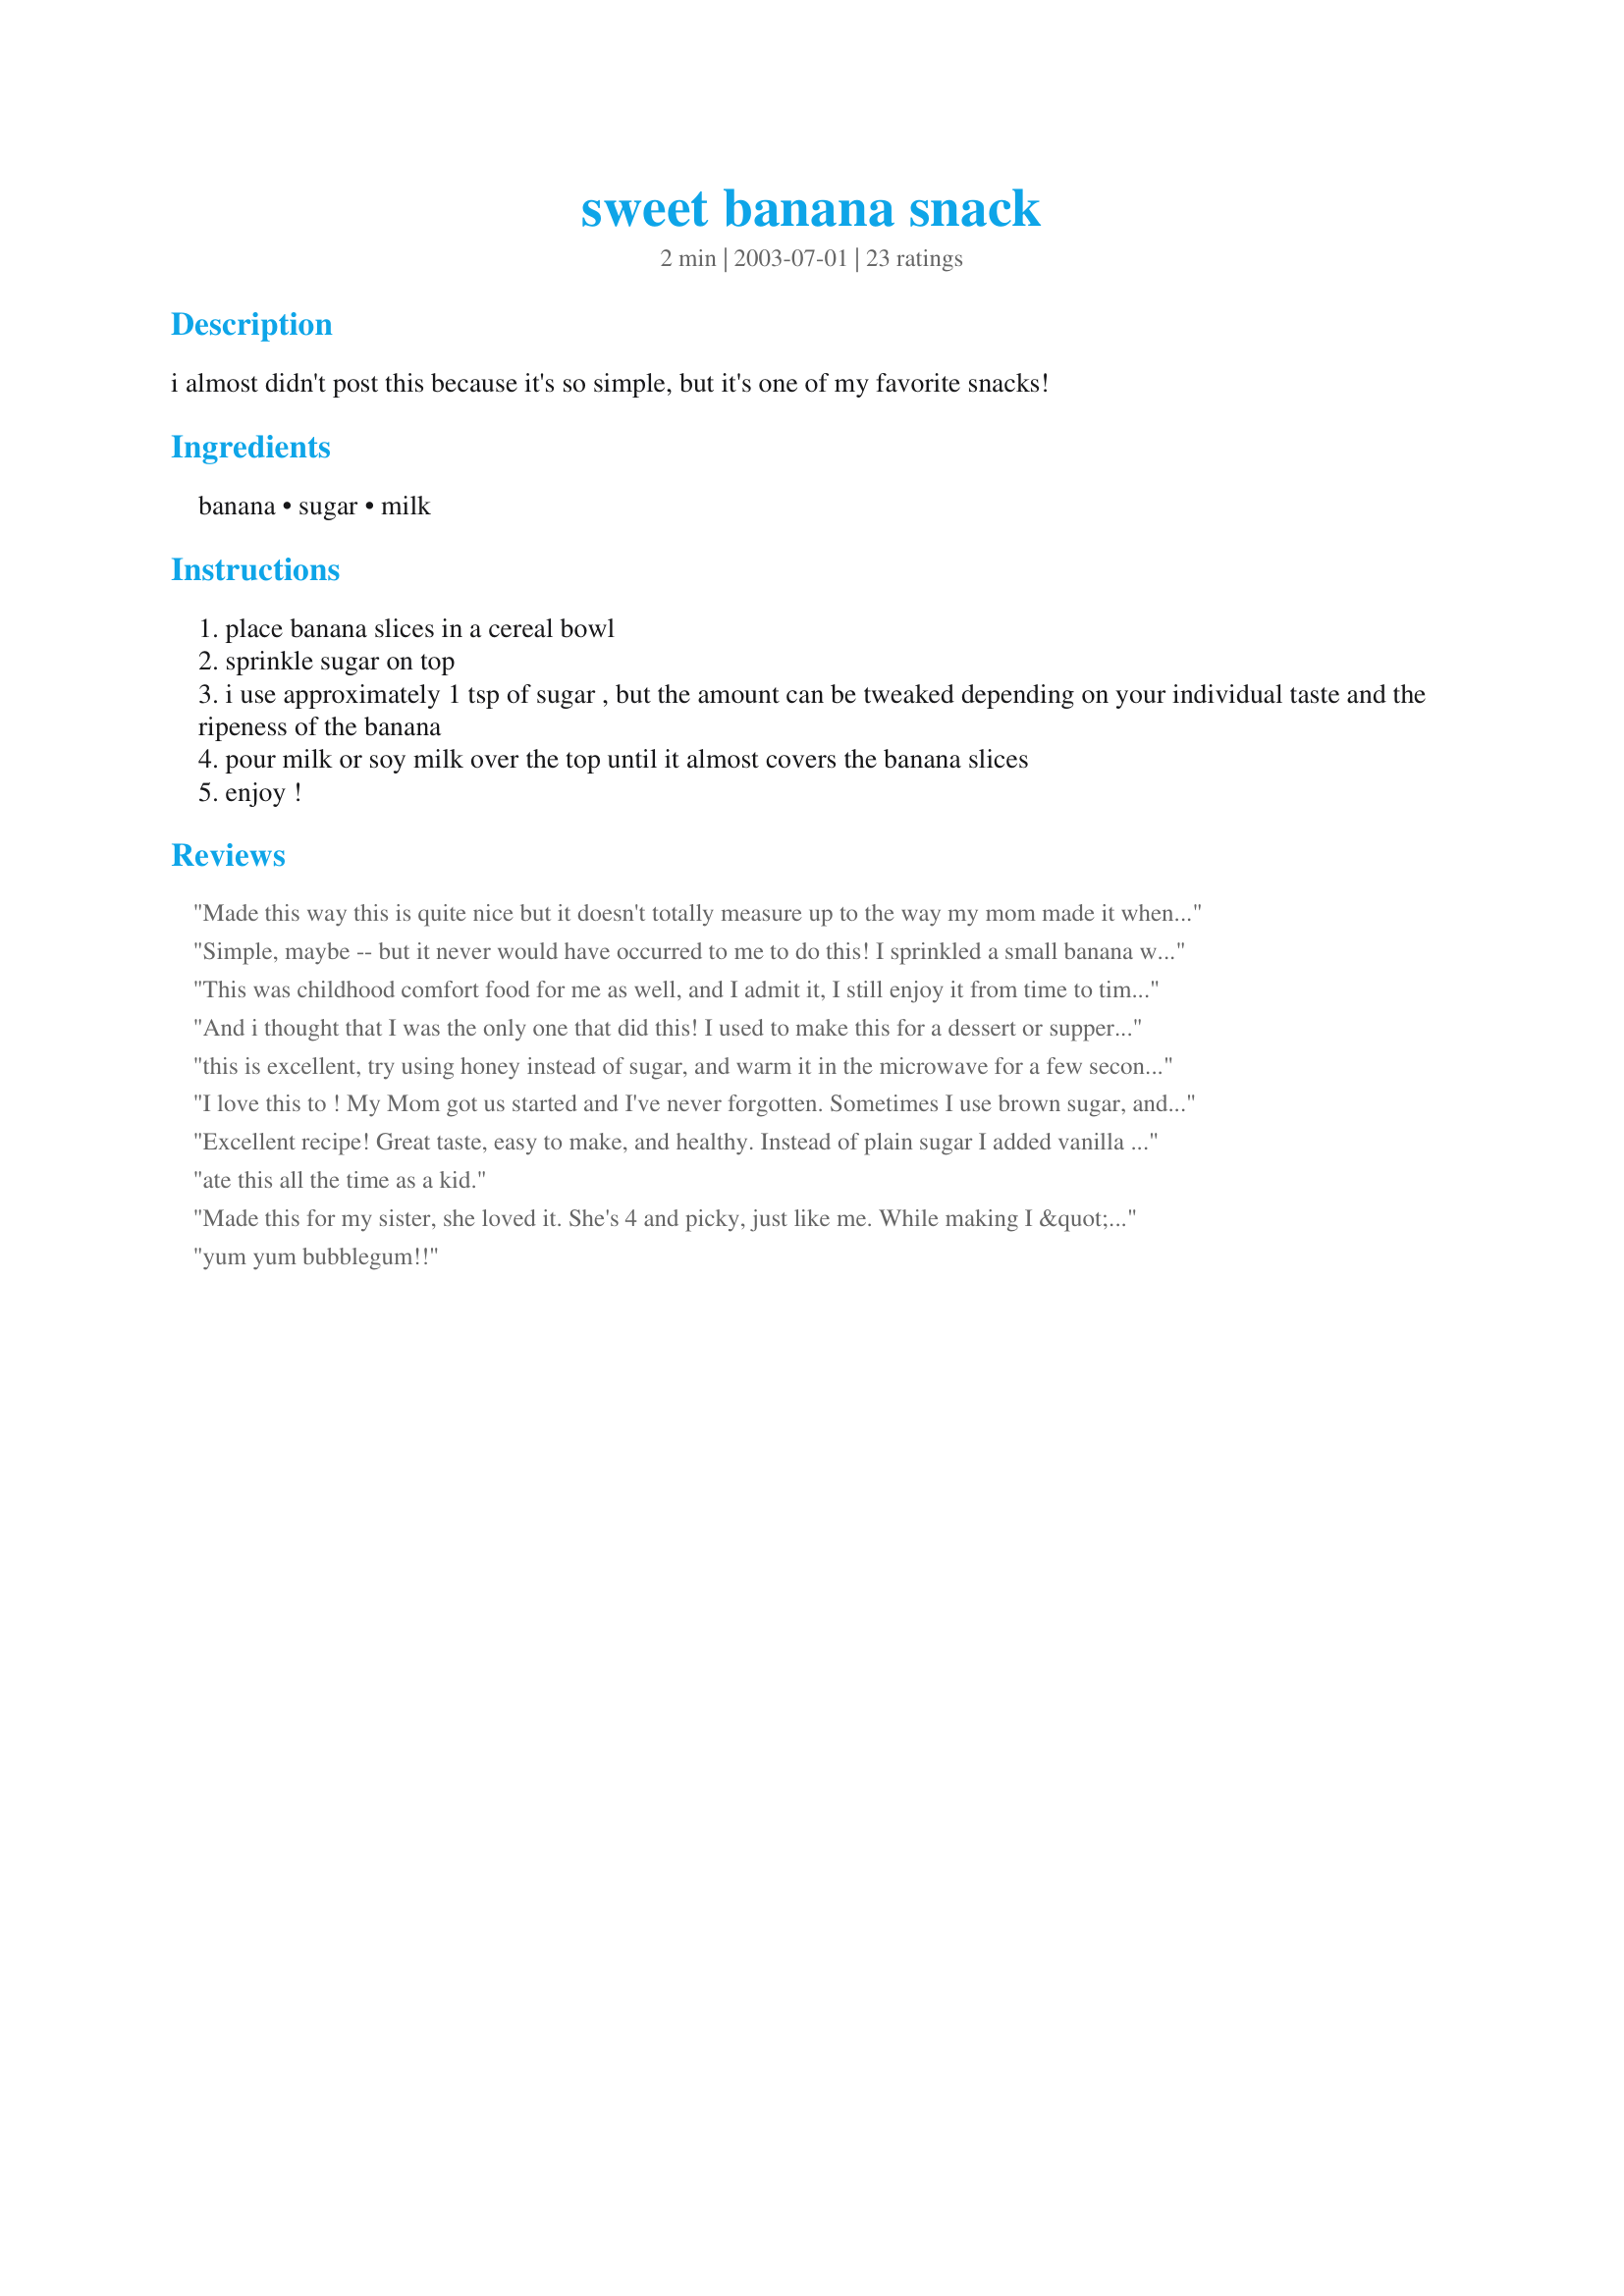
sweet banana snack
Preparation time: 2 minutes

i almost didn't post this because it's so simple, but it's one of my favorite snacks!

Ingredients:
banana, sugar, milk

Steps:
place banana slices in a cereal bowl
sprinkle sugar on top
i use approximately 1 tsp of sugar , but the amount can be tweaked depending on your individual taste and the ripeness of the banana
pour milk or soy milk over the top until it almost covers the banana slices
enjoy !

Reviews:
Made this way this is quite nice but it doesn't totally measure up to the way my mom made it when I was a kid. Brown sugar and heavy cream instead of white sugar and soya milk. Now that is a treat that is really comfort food.
Simple, maybe -- but it never would have occurred to me to do this! I sprinkled a small banana with about half a packet of Splenda, and used light original soymilk. I think I'd go easier on the Splenda next time, or use a less-ripe banana, because it was a bit TOO sweet for my taste. Thanks for posting!!
This was childhood comfort food for me as well, and I admit it, I still enjoy it from time to time. Sometimes I'll use cinnamon or vanilla sugar just to mix things up a bit. The simple things can truly be the most satisfying.
And i thought that I was the only one that did this! I used to make this for a dessert or supper when I was a child. I just did the bananas and milk tho. So simple but so yum. :)
this is excellent, try using honey instead of sugar, and warm it in the microwave for a few seconds, simply awsome
I love this to ! My Mom got us started and I've never forgotten. Sometimes I use brown sugar, and can't wait to try honey. Thanks for posting :)
Excellent recipe! Great taste, easy to make, and healthy. Instead of plain sugar I added vanilla sugar (recipe ##37749). Thanks so much for sharing.
ate this all the time as a kid.
Made this for my sister, she loved it. She's 4 and picky, just like me. While making I &quot;tried&quot; (ate) a few.
yum yum bubblegum!!
I made this using low-fat milk and had this as a light snack today. This is very simple, but too simple for my taste. I felt it was missing something, maybe some chocolate or coffee? So, I added 1 cup of coffee(sweetened with 1 tsp. sugar) to this. I felt it still needed more sugar, so I added 1 more tsp. Even then it wasn't perfect. I didn't have any malted milk powder on hand or I would have added some of it to this(I love Ovaltine, so I would use that). If one can afford to put on a few pounds, then how about adding some Hershey's Chocolate syrup or Hershey's Strawberry Syrup to this and some sliced strawberries? Might make it mighty and very tasty.
simple & yummy. i sprinkled the top with cinnamon & used a Splenda pkt for half a banana. Thank u for sharing!
I love this! My mom used to make it for me when I was younger; it's comfort food! I've made it for my sons and they enjoy it too! Makes a nice bedtime snack for them.
THANK YOU for rescuing me when I have the munchies! This is perfect. The bananas are sweet enough for me, so I omit the sugar. I also like to microwave for 10 seconds- warm, sweet, delicious, low-calorie comfort food. Thank you!
I love this with Splenda. It seems like such a treat, but it's so low calorie, low fat and so good for you. I thought I was just weird.
this is very easy even for my class mates and other students in my school.im going to try it out myself soon.
I tried this as a breakfast treat and it is absolutely delicious and very simple. I will most definately have to make this more for breakfast. Thanks the recipe^^
I had forgotten all about this until I saw it here. My grandmother used to make this for me when I was little. Very tasty! Thanks for the memory.
This is how my father loved to eat bananas. We use milk and sugar or Splenda. It's sooooo good!
I've never had this before; nor have I ever heard of it. Thanks for posting this simple snack. It is delicious and healthy. I think I will try this on my kids for an afterschool snack. I did use Splenda and I microwaved it for 15 seconds. Very yummy!
This is one of my all time favorites--my mom used to serve it for dessert and we loved it. Now my kids love it too! Thanks for reminding me, Kree.
Seeing this recipe sure brought back memories of my childhood! I used to have this quite often as a bedtime snack when I was little, except that my Mom or Dad would sprinkle the bananas with Nestle's Strawberry Quik instead of sugar, before adding the milk. I'm not even sure if they still make the strawberry-flavored Quik drink mix anymore ... but I just might have to look for it now! LOL Thanks for posting an all-time favorite treat. -M =)
How easy is this?! I used milk but the vanilla flavor sounded so good, I added a dab of vanilla extract too. Microwaved for 12 seconds. My preschoolers loved it! In fact my 3 year old son said he was AMAZED. Wow.
